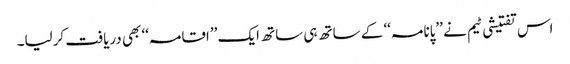
اس تفتیشی ٹیم نے ’’پانامہ‘‘ کے ساتھ ہی ساتھ ایک ’’اقامہ‘‘ بھی دریافت کرلیا۔